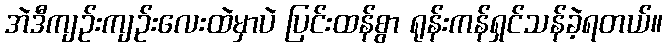
အဲဒီကျဉ်းကျဉ်းလေးထဲမှာပဲ ပြင်းထန်စွာ ရုန်းကန်ရှင်သန်ခဲ့ရတယ်။